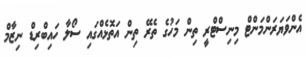
އެންވަޔަރަންމަންޓް މިނިސްޓްރީ ތިން މަހުގެ ތެރޭ ތިން އަތޮޅެއްގައި ސޯލާ ހައިބްރިޑް ނިޒާމް